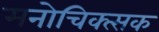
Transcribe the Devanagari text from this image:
मनोचिक्त्सक